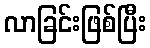
လာခြင်းဖြစ်ပြီး